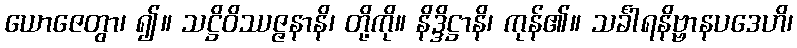
ယောဇေတွာ၊ ၍။ သဋ္ဌိဝိဿဇ္ဇနာနိ၊ တို့ကို။ နိဒ္ဒိဋ္ဌာနိ၊ ကုန်၏။ သင်္ခါရနိဗ္ဗာနပဒေဟိ၊